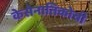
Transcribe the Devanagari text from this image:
केसेनातिकोची